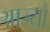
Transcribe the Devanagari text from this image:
आज्यौ